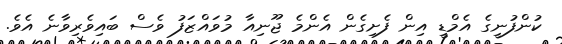
ކުންފުނީގެ އެމްޑީ އިން ފެށިގެން އެންމެ ޖޫނިއާ މުވައްޒަފު ވެސް ބައިވެރިވާނެ އެވެ.